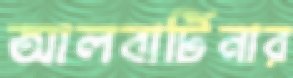
আলবার্টিনার